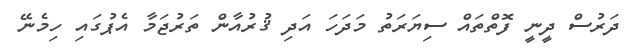
ދަރުސް ދީނީ ފޮތްތައް ސިޔަރަތު މަދަހަ އަދި ޤުރުއާން ތަރުޖަމާ އެޕުގައި ހިމެނޭ